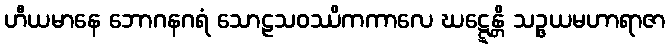
ဟီယမာနေ ဘောဂနဂရံ သောဠသဝဿိကကာလေ ဃဋ္ဋေန္တိ သဉ္ဇယမဟာရာဇာ